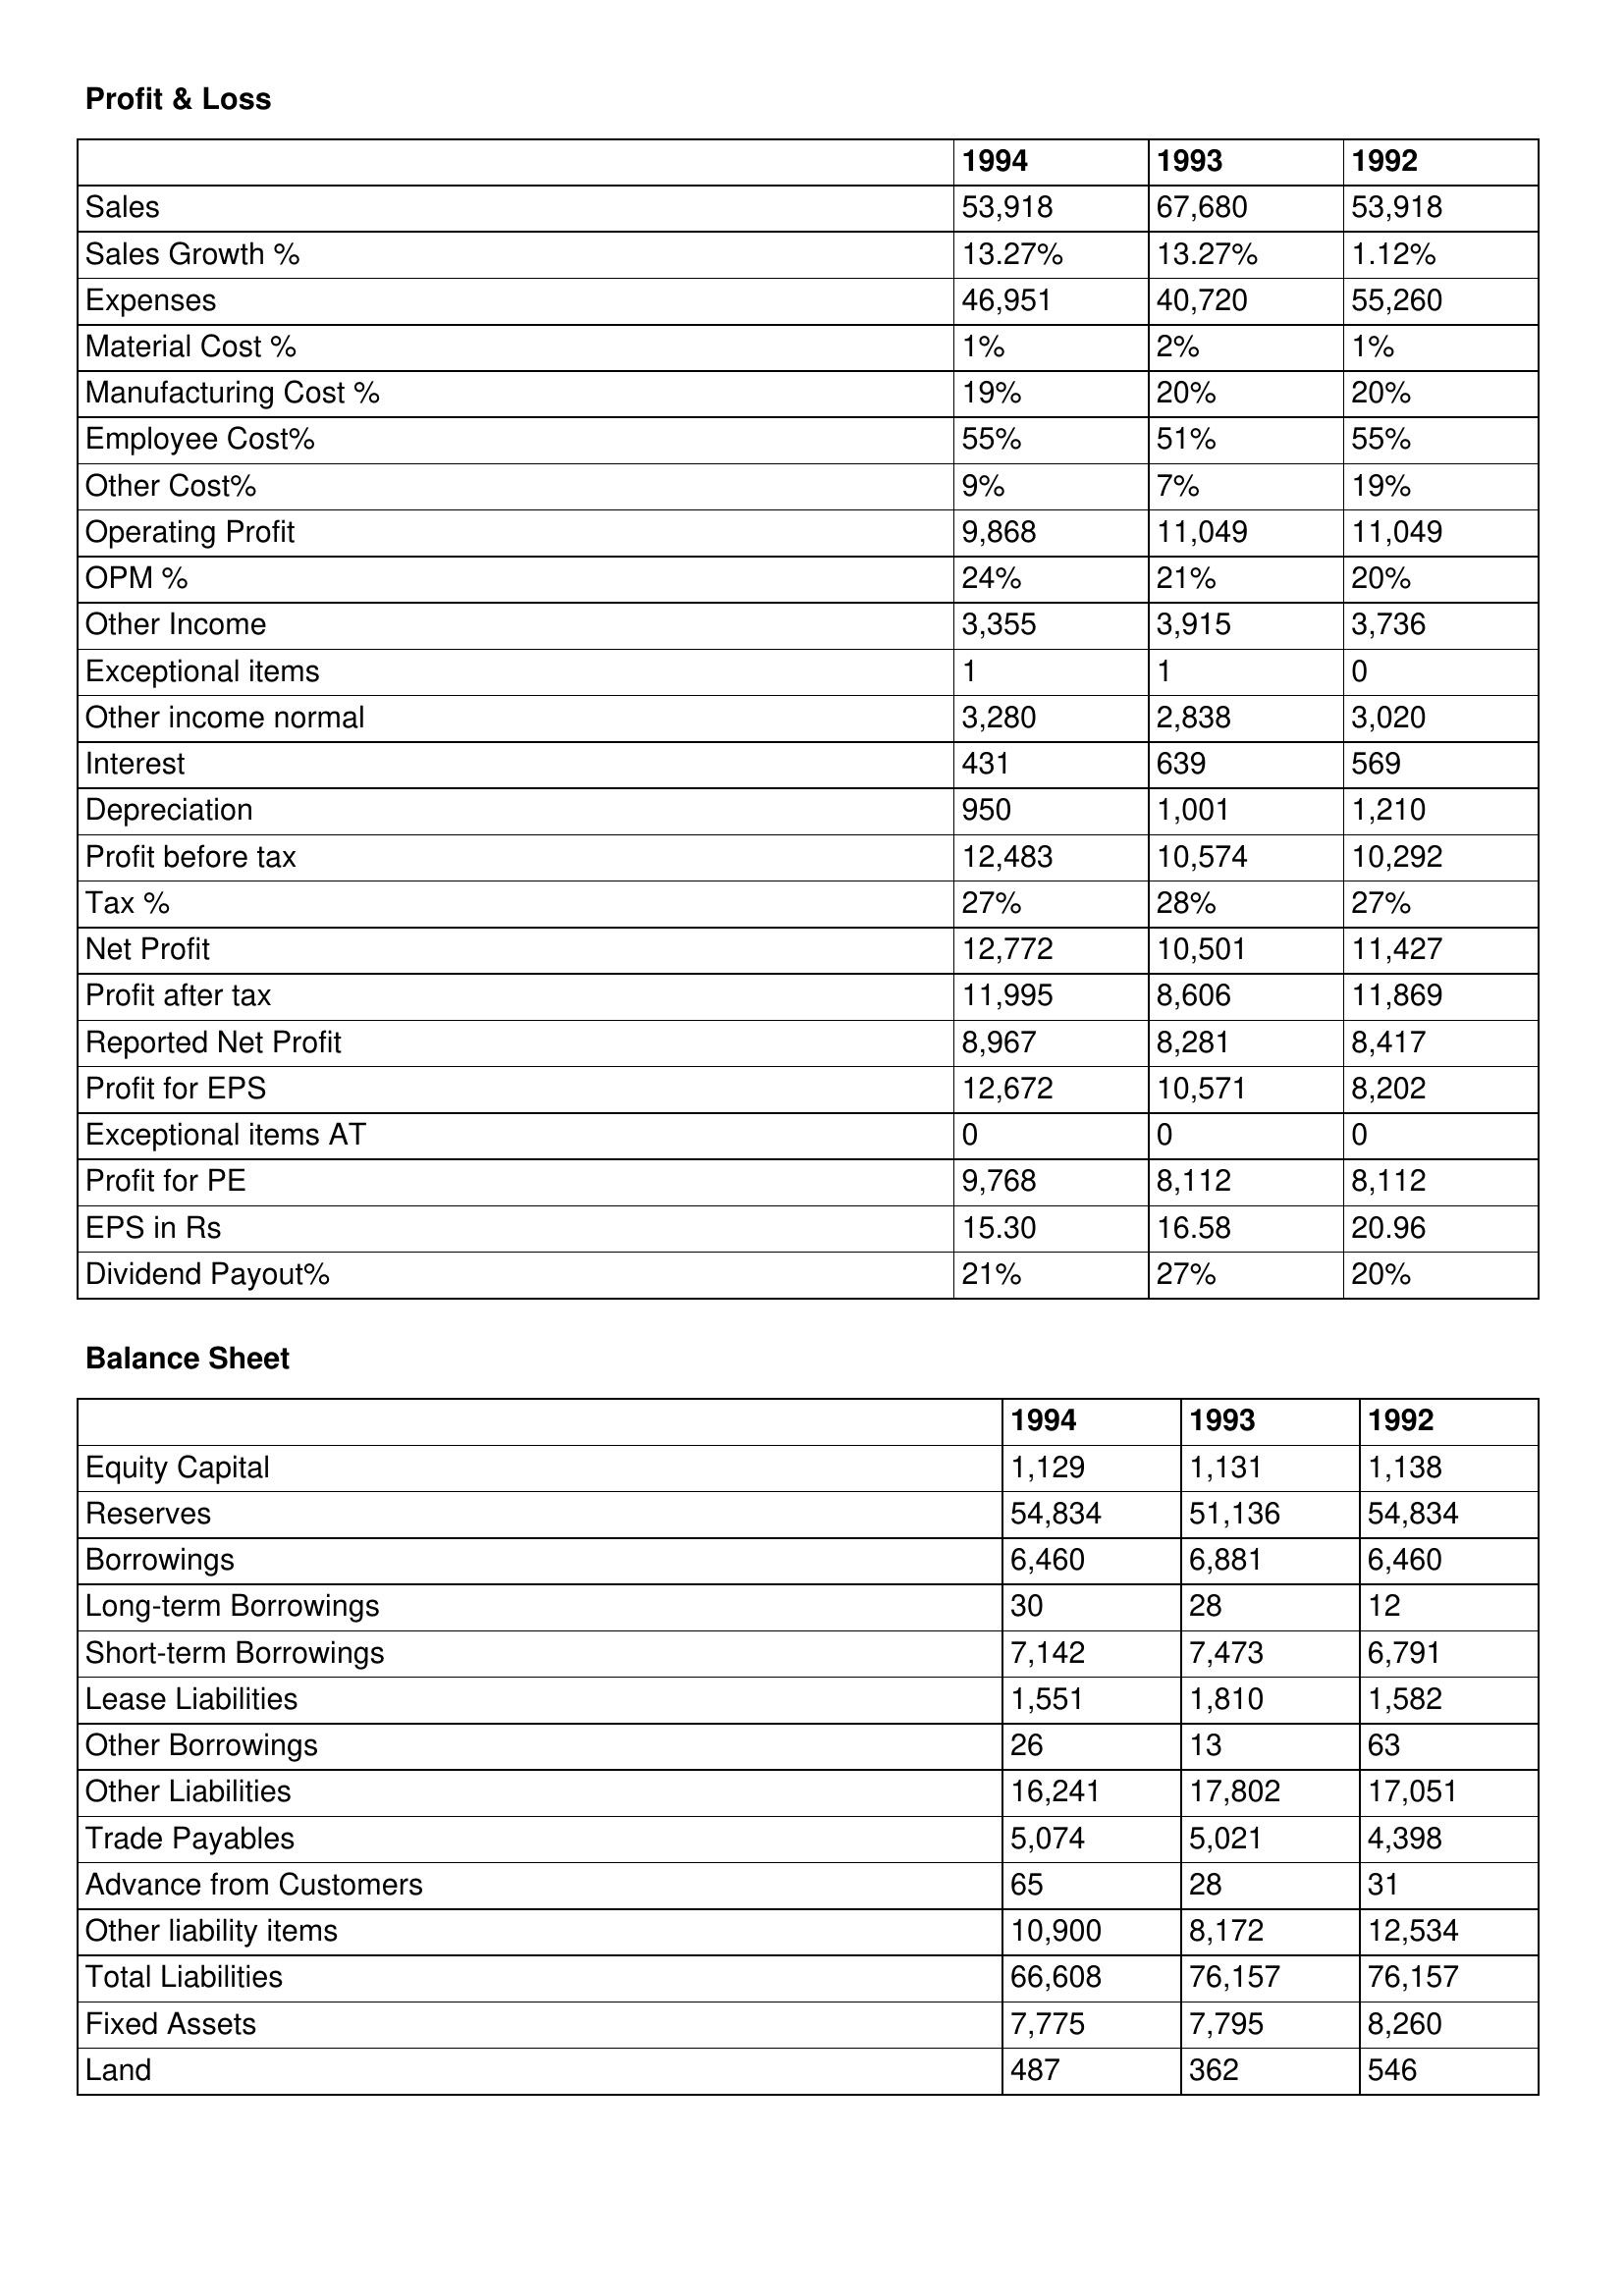
gt_parse: 1994: Profit & Loss: Sales: 53,918
Sales Growth %: 13.27%
Expenses: 46,951
Material Cost %: 1%
Manufacturing Cost %: 19%
Employee Cost%: 55%
Other Cost%: 9%
Operating Profit: 9,868
OPM %: 24%
Other Income: 3,355
Exceptional items: 1
Other income normal: 3,280
Interest: 431
Depreciation: 950
Profit before tax: 12,483
Tax %: 27%
Net Profit: 12,772
Profit after tax: 11,995
Reported Net Profit: 8,967
Profit for EPS: 12,672
Exceptional items AT: 0
Profit for PE: 9,768
EPS in Rs: 15.30
Dividend Payout%: 21%
Balance Sheet: Equity Capital: 1,129
Reserves: 54,834
Borrowings: 6,460
Long-term Borrowings: 30
Short-term Borrowings: 7,142
Lease Liabilities: 1,551
Other Borrowings: 26
Other Liabilities: 16,241
Trade Payables: 5,074
Advance from Customers: 65
Other liability items: 10,900
Total Liabilities: 66,608
Fixed Assets: 7,775
Land: 487
1993: Profit & Loss: Sales: 67,680
Sales Growth %: 13.27%
Expenses: 40,720
Material Cost %: 2%
Manufacturing Cost %: 20%
Employee Cost%: 51%
Other Cost%: 7%
Operating Profit: 11,049
OPM %: 21%
Other Income: 3,915
Exceptional items: 1
Other income normal: 2,838
Interest: 639
Depreciation: 1,001
Profit before tax: 10,574
Tax %: 28%
Net Profit: 10,501
Profit after tax: 8,606
Reported Net Profit: 8,281
Profit for EPS: 10,571
Exceptional items AT: 0
Profit for PE: 8,112
EPS in Rs: 16.58
Dividend Payout%: 27%
Balance Sheet: Equity Capital: 1,131
Reserves: 51,136
Borrowings: 6,881
Long-term Borrowings: 28
Short-term Borrowings: 7,473
Lease Liabilities: 1,810
Other Borrowings: 13
Other Liabilities: 17,802
Trade Payables: 5,021
Advance from Customers: 28
Other liability items: 8,172
Total Liabilities: 76,157
Fixed Assets: 7,795
Land: 362
1992: Profit & Loss: Sales: 53,918
Sales Growth %: 1.12%
Expenses: 55,260
Material Cost %: 1%
Manufacturing Cost %: 20%
Employee Cost%: 55%
Other Cost%: 19%
Operating Profit: 11,049
OPM %: 20%
Other Income: 3,736
Exceptional items: 0
Other income normal: 3,020
Interest: 569
Depreciation: 1,210
Profit before tax: 10,292
Tax %: 27%
Net Profit: 11,427
Profit after tax: 11,869
Reported Net Profit: 8,417
Profit for EPS: 8,202
Exceptional items AT: 0
Profit for PE: 8,112
EPS in Rs: 20.96
Dividend Payout%: 20%
Balance Sheet: Equity Capital: 1,138
Reserves: 54,834
Borrowings: 6,460
Long-term Borrowings: 12
Short-term Borrowings: 6,791
Lease Liabilities: 1,582
Other Borrowings: 63
Other Liabilities: 17,051
Trade Payables: 4,398
Advance from Customers: 31
Other liability items: 12,534
Total Liabilities: 76,157
Fixed Assets: 8,260
Land: 546